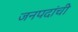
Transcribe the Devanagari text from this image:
जनपदांची